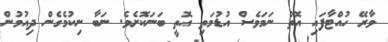
ވާރޭ ހުއްޓާފައި އޮތް ނަމަވެސް އުޑުމަތި އޮތީ ބަނަކޮށެވެ. ނަބާ ނިކުމެގެން ދިއުމުން